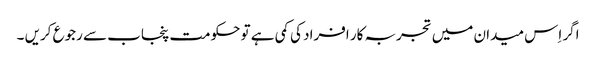
اگر اِس میدان میں تجربہ کار افراد کی کمی ہے تو حکومت پنجاب سے رجوع کریں ۔